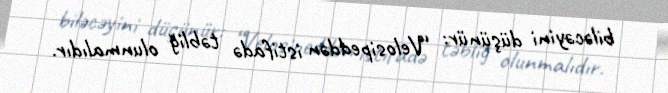
biləcəyini düşünür: “Velosipeddən istifadə təbliğ olunmalıdır.